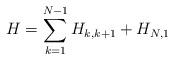
LaTeX: \begin{align*}H=\sum_{k=1}^{N-1}H_{k,k+1}+H_{N,1} \end{align*}